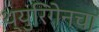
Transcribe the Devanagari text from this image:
थ्युरिंगेनचा